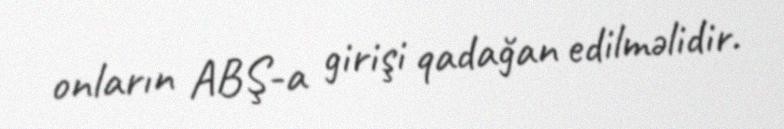
onların ABŞ-a girişi qadağan edilməlidir.